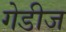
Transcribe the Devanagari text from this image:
गेडीज